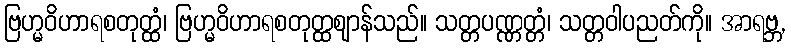
ဗြဟ္မဝိဟာရစတုတ္ထံ၊ ဗြဟ္မဝိဟာရစတုတ္ထဈာန်သည်။ သတ္တပဏ္ဏတ္တံ၊ သတ္တဝါပညတ်ကို။ အာရဗ္ဘ,